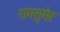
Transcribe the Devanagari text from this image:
रामसुमेर